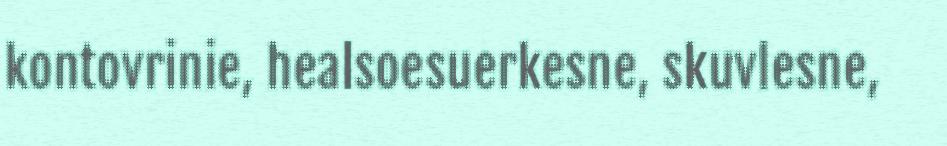
kontovrinie, healsoesuerkesne, skuvlesne,